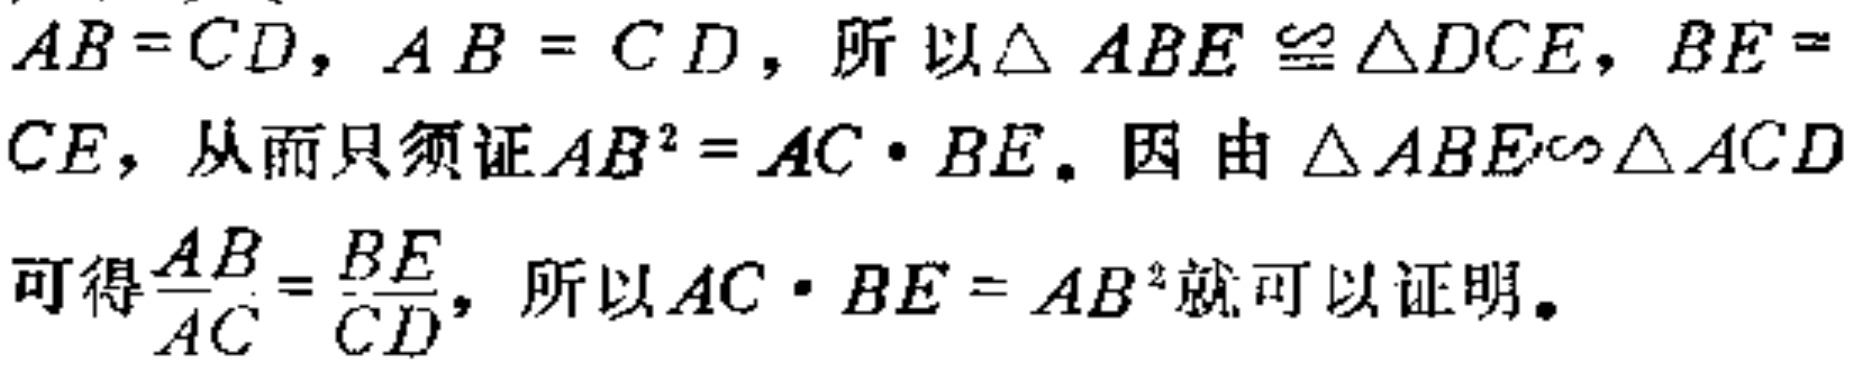
$AB = CD,AB = CD,所以\triangle ABE\cong\triangle DCE,BE = CE,从而只须证AB^{2}=AC\cdot BE。因由\triangle ABE\sim\triangle ACD可得\frac{AB}{AC}=\frac{BE}{CD},所以AC\cdot BE = AB^{2}就可以证明。$